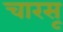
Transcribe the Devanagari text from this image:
चारसू